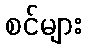
စင်များ